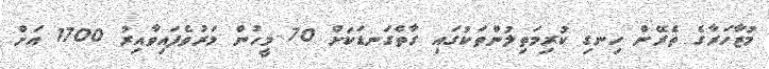
މުޒާހަރާގެ ތެރޭން ހިނގި ކުރިމަތިލުންތަކުގައި ގާތްގަނޑަކަށް 70 މީހުން މަރުވެފައިވާއިރު 1700 އަށް